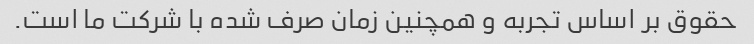
حقوق بر اساس تجربه و همچنین زمان صرف شده با شرکت ما است.